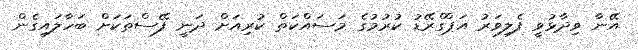
އޭނާ ވިދާޅުވީ ފެލިވަރު އަޕްގްރޭޑު ކުރުމުގެ މަސައްކަތް ކުރިއަށް ދަނީ ފޭސްތަކަށް ބަހާލައިގެން